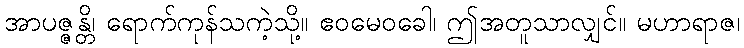
အာပဇ္ဇန္တိ၊ ရောက်ကုန်သကဲ့သို့။ ဧဝမေဝခေါ၊ ဤအတူသာလျှင်။ မဟာရာဇ၊